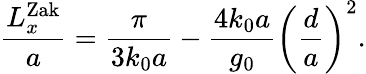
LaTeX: \frac{L_{x}^{\mathrm{Zak}}}{a}=\frac{\pi}{3k_{0}a}-\frac{4k_{0}a}{g_{0}}\left(\frac{d}{a}\right)^{2}.